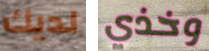
لديك وخذي